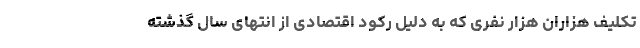
تکلیف هزاران هزار نفری که به دلیل رکود اقتصادی از انتهای سال گذشته